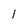
Character: 1